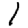
Digit: 1